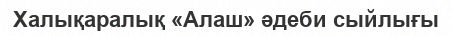
Халықаралық «Алаш» әдеби сыйлығы